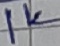
Text: 1K